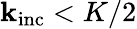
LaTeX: \mathbf{k}_{\mathrm{inc}}<K/2